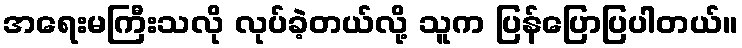
အရေးမကြီးသလို လုပ်ခဲ့တယ်လို့ သူက ပြန်ပြောပြပါတယ်။